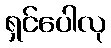
ရှင်ပေါလု